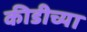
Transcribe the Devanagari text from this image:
कीडीच्या